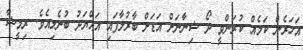
އަހަރެން ކަމެއް ކުރަންވީ ދޯ ޝިނާނަށް އަޑަށް ބާރުލާފައި އައްޔަދު ބުނެލިއެވެ. ރިމީޝާ